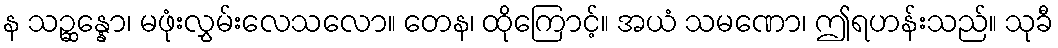
န သဉ္ဆန္နော၊ မဖုံးလွှမ်းလေသလော။ တေန၊ ထိုကြောင့်။ အယံ သမဏော၊ ဤရဟန်းသည်။ သုခီ